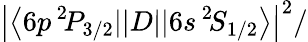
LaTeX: \left|\left\langle 6p\, ^{2}\! P_{3/2}||D||6s\, ^{2}\! S_{1/2}\right\rangle\right|^{2}/